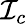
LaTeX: \mathcal{I}_{c}